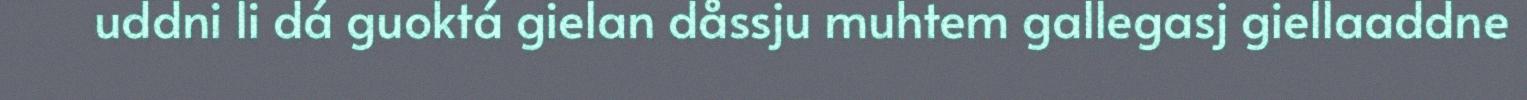
uddni li dá guoktá gielan dåssju muhtem gallegasj giellaaddne